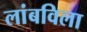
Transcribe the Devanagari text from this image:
लांबविला